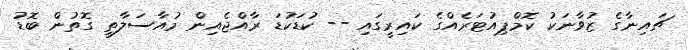
ޗައިނާގެ ޒުވާނަކު ކޮމްޕިއުޓަރެއްގެ ކައިރީގައި -- ކުޑަކުޑަ ރާއްޖެއިން މުއާސަލާތީ ގޮތުން ބޮޑު